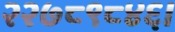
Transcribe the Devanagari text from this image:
२२७८९८४६।